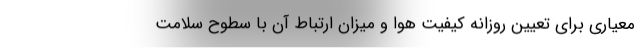
معیاری برای تعیین روزانه کیفیت هوا و میزان ارتباط آن با سطوح سلامت